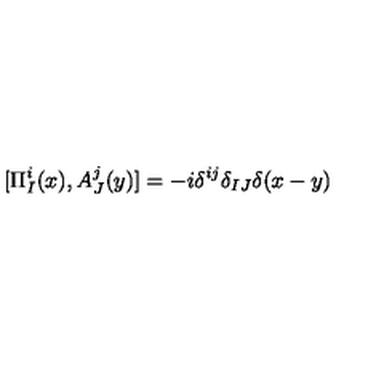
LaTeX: [ \Pi _ { I } ^ { i } ( x ) , A _ { J } ^ { j } ( y ) ] = - i \delta ^ { i j } \delta _ { I J } \delta ( x - y )